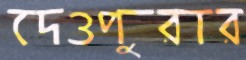
দেওপুরার